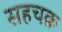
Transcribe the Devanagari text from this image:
सहचक्र